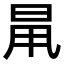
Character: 𣆎